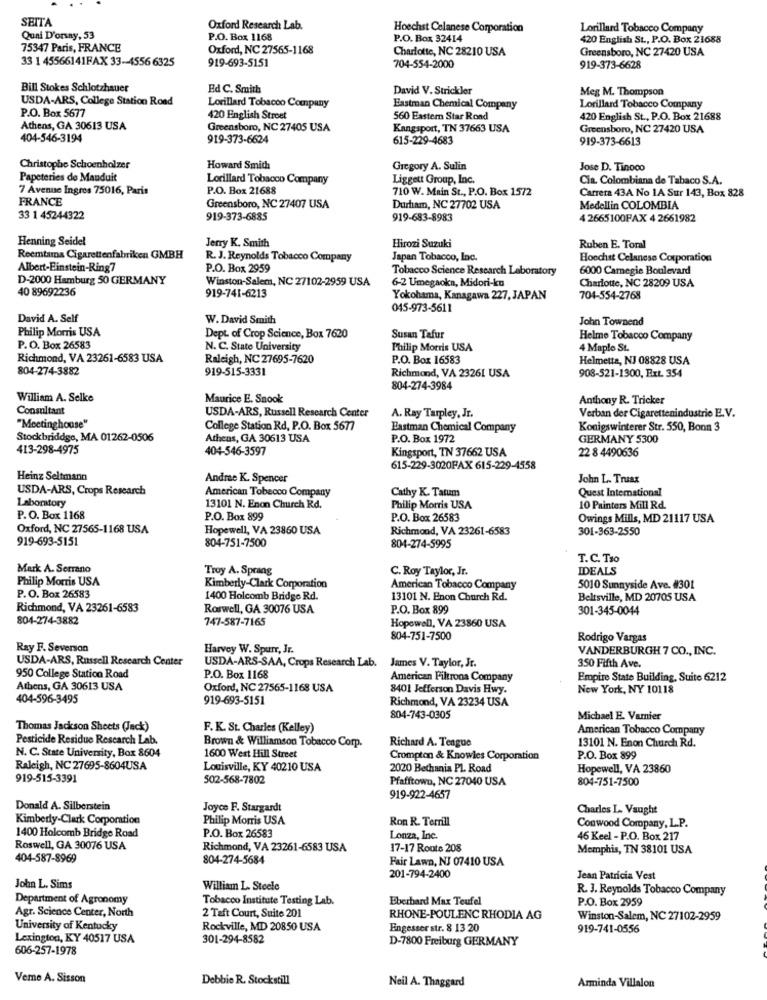
SEITA
Oxford Research Lab.
Hoechst Celanese Corporation
Lorillard Tobacco Company
Quai D'orsay, 53
P.O. Box 1168
P.O. Box 32414
420 English St ., P.O. Box 21688
75347 Paris, FRANCE
Oxford, NC 27565-1168
Charlotte, NC 28210 USA
Greensboro, NC 27420 USA
33 1 45566141FAX 33-4556 6325
919-693-5151
704-554-2000
919-373-6628
Bill Stokes Schlotzhauer
Ed C. Smith
David V. Strickler
Meg M. Thompson
USDA-ARS, College Station Road
P.O. Box 5677
Lorillard Tobacco Company
Eastman Chemical Company
Lorillard Tobacco Company
420 English Stroet
560 Eastem Star Rond
420 English St ., P.O. Box 21688
Athens, GA 30613 USA
Greensboro, NC 27405 USA
Kangsport, TN 37663 USA
Greensboro, NC 27420 USA
404-546-3194
919-373-6624
615-229-4683
919-373-6613
Christophe Schoenholzer
Howard Smith
Gregory A. Sulin
Jose D. Tinoco
Papeteries de Mauduit
Lorillard Tobacco Company
Liggett Group, Inc.
Cia. Colombiana de Tabaco S.A.
7 Avenue Ingres 75016, Paris
P.O. Box 21688
710 W. Main St ., P.O. Box 1572
Carrera 43A No 1A Sur 143, Box 828
FRANCE
Greensboro, NC 27407 USA
Durham, NC 27702 USA
Medellin COLOMBIA
33 1 45244322
919-373-6885
919-683-8983
4 2665100FAX 4 2661982
Henning Seidel
Jerry K. Smith
Hirozi Suzuki
Ruben E. Toral
Reemtama Cigarettenfabriken GMBH
R. J. Reynolds Tobacco Company
Japan Tobacco, Inc.
Hoechst Celanese Corporation
Albert-Einstein-Ring7
P.O. Box 2959
Tobacco Science Research Laboratory
6000 Carnegie Boulevard
D-2000 Hamburg 50 GERMANY
Winston-Salem, NC 27102-2959 USA
40 89692236
6-2 Umegaokn, Midori-ku
Charlotte, NC 28209 USA
919-741-6213
Yokohama, Kanagawa 227, JAPAN
704-554-2768
045-973-5611
David A. Self
W. David Smith
John Townend
Philip Morris USA
Dept. of Crop Science, Box 7620
Susan Tafur
Helme Tobacco Company
P. O. Box 26583
N. C. State University
Philip Morris USA
4 Maple St.
Richmond, VA 23261-6583 USA
Raleigh, NC 27695-7620
P.O. Box 16583
Helmetta, NJ 08828 USA
804-274-3882
919-515-3331
Richmond, VA 23261 USA
908-521-1300, Ext. 354
804-274-3984
William A. Selke
Maurice E. Snook
Anthony R. Tricker
Consultant
USDA-ARS, Russell Research Center
A. Ray Tarpley, Jr.
Verban der Cigarettenindustrie E.V.
"Meetinghouse"
College Station Rd, P.O. Box 5677
Eastman Chemical Company
Konigswinterer Str. 550, Bonn 3
Stockbriddge, MA 01262-0506
Athens, GA 30613 USA
P.O. Box 1972
GERMANY 5300
413-298-4975
404-546-3597
Kingsport, TN 37662 USA
22 8 4490636
615-229-3020FAX 615-229-4558
Heinz Seltmann
Andree K. Spencer
John L. Truax
USDA-ARS, Crops Research
American Tobacco Company
Quest International
Laboratory
Cathy K. Tatum
13101 N. Enon Church Rd.
Philip Morris USA
10 Painters Mill Rd.
P. O. Box 1168
P.O. Box 899
P.O. Box 26583
Owings Mills, MD 21117 USA
Oxford, NC 27565-1168 USA
Hopewell, VA 23860 USA
Richmond, VA 23261-6583
301-363-2550
919-693-5151
804-751-7500
804-274-5995
T. C. Tro
Mark A. Serrano
Troy A. Sprang
C. Roy Taylor, Jr.
IDEALS
Philip Morris USA
Kimberly-Clark Corporation
American Tobacco Company
5010 Sunnyside Ave. #301
P.O. Box 26583
1400 Holcomb Bridge Rd.
13101 N. Enon Church Rd.
Beltsville, MD 20705 USA
Richmond, VA 23261-6583
Roswell, GA 30076 USA
P.O. Box 899
301-345-0044
804-274-3882
747-587-7165
Hopewell, VA 23860 USA
804-751-7500
Rodrigo Vargas
Ray F. Severson
Harvey W. Spurr, Jr.
VANDERBURGH 7 CO ., INC.
USDA-ARS, Russell Research Center
USDA-ARS-SAA, Crops Research Lab. James V. Taylor, Jr.
350 Fifth Ave.
950 College Station Road
P.O. Box 1168
American Filtrona Company
Empire State Building, Suite 6212
Athens, GA 30613 USA
Oxford, NC 27565-1168 USA
8401 Jefferson Davis Hwy.
New York, NY 10118
404-596-3495
919-693-5151
Richmond, VA 23234 USA
804-743-0305
Michael E. Vamier
Thomas Jackson Sheets (Jack)
F. K. St. Charles (Kelley)
American Tobacco Company
Pesticide Residue Research Lab.
13101 N. Enon Church Rd.
Brown & Williamson Tobacco Corp.
Richard A. Teague
N. C. State University, Box 8604
1600 West Hill Street
Crompton & Knowles Corporation
P.O. Box 899
Raleigh, NC 27695-8604USA
Louisville, KY 40210 USA
2020 Bethania PL Road
Hopewell, VA 23860
919-515-3391
502-568-7802
Pfafftown, NC 27040 USA
804-751-7500
919-922-4657
Donald A. Silberstein
Joyce F. Stargardt
Charles L- Vaught
Kimberly-Clark Corporation
Philip Morris USA
Ron R. Terrill
Conwood Company, L.P.
1400 Holcomb Bridge Road
P.O. Box 26583
Lonza, Inc.
46 Keel - P.O. Box 217
Roswell, GA 30076 USA
Richmond, VA 23261-6583 USA
17-17 Route 208
Memphis, TN 38101 USA
404-587-8969
804-274-5684
Fair Lawn, NJ 07410 USA
201-794-2400
Jean Patricia Vest
John L. Sims
William L. Steele
R. J. Reynolds Tobacco Company
Department of Agronomy
Tobacco Institute Testing Lab.
Eberhard Max Teufel
P.O. Box 2959
2 Taft Court, Suite 201
Agr. Science Center, North
RHONE-POULENC RHODIA AG
Winston-Salem, NC 27102-2959
University of Kentucky
Rockville, MD 20850 USA
Engesser str. 8 13 20
919-741-0556
Lexington, KY 40517 USA
301-294-8582
D-7800 Freiburg GERMANY
606-257-1978
Veme A. Sisson
Debbie R. Stock still
Neil A. Thaggard
Arminda Villalon